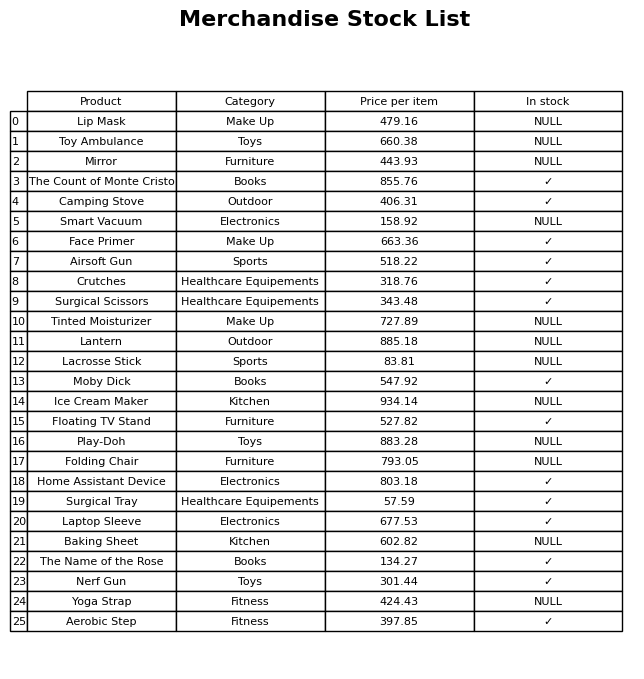
question: What is the price for The Name of the Rose?
answer: The price of The Name of the Rose is 134.27.